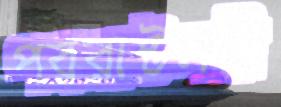
পররাষ্টমন্ত্রী